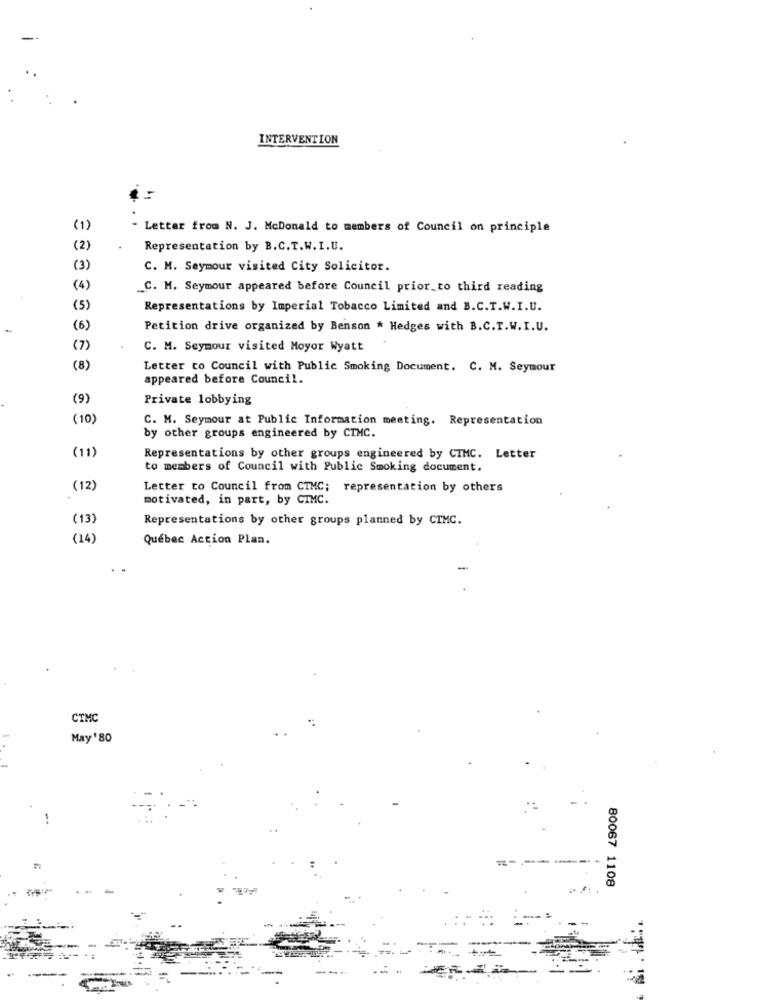
INTERVENTION
(1)
- Letter from N. J. McDonald to members of Council on principle
(2)
Representation by B.C.T.W.I.U.
(3)
C. M. Seymour visited City Solicitor.
(4)
_C. M. Seymour appeared before Council prior to third reading
(5)
Representations by Imperial Tobacco Limited and B.C.T.W.I.U.
-
(6)
Petition drive organized by Benson * Hedges with B.C.T.W.I.U.
(7)
C. M. Seymour visited Moyor Wyatt
(8)
Letter to Council with Public Smoking Document. C. M. Seymour
appeared before Council.
(9)
Private lobbying
(10)
C. M. Seymour at Public Information meeting. Representation
by other groups engineered by CIMC.
(11)
Representations by other groups engineered by CIMC. Letter
to members of Council with Public Smoking document.
(12)
Letter to Council from CIMC; representation by others
motivated, in part, by CIMC.
(13)
Representations by other groups planned by CIMC.
(14)
Québec Action Plan.
CIMC
May ' 80
80067 1108
....